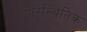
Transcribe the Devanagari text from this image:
परिस्थितिक